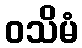
ဝသိမံ